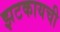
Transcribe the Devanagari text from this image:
झटकायची